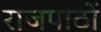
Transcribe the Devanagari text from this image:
राजपाठों